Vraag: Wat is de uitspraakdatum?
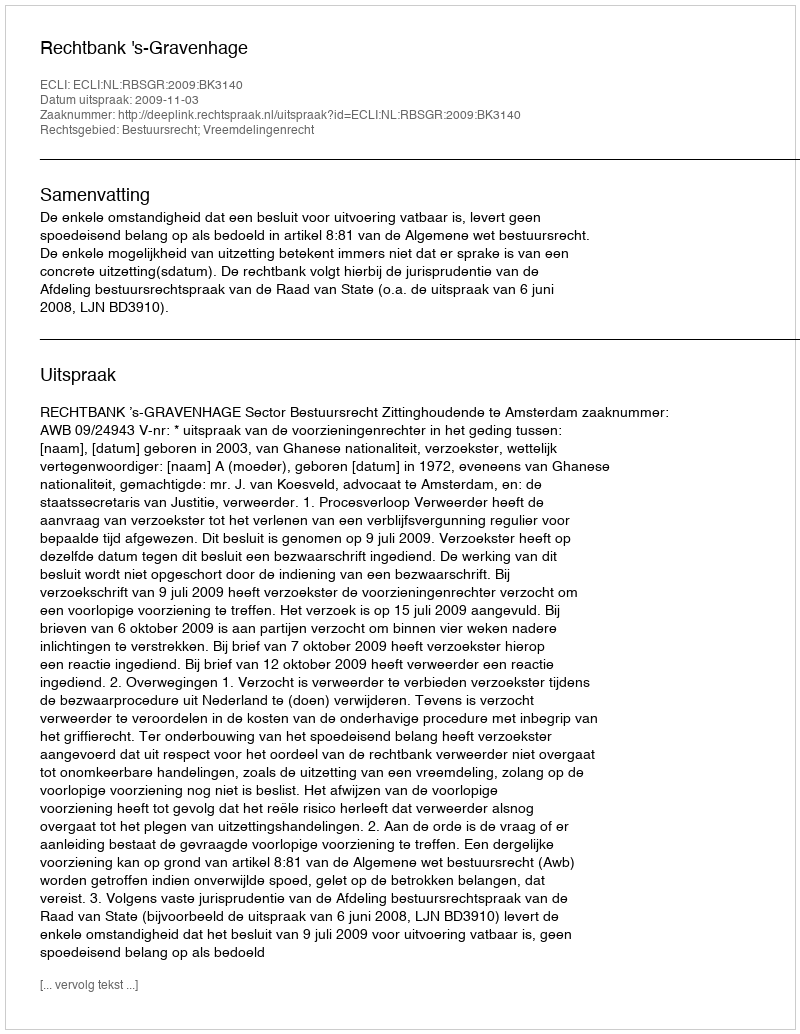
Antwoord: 2009-11-03